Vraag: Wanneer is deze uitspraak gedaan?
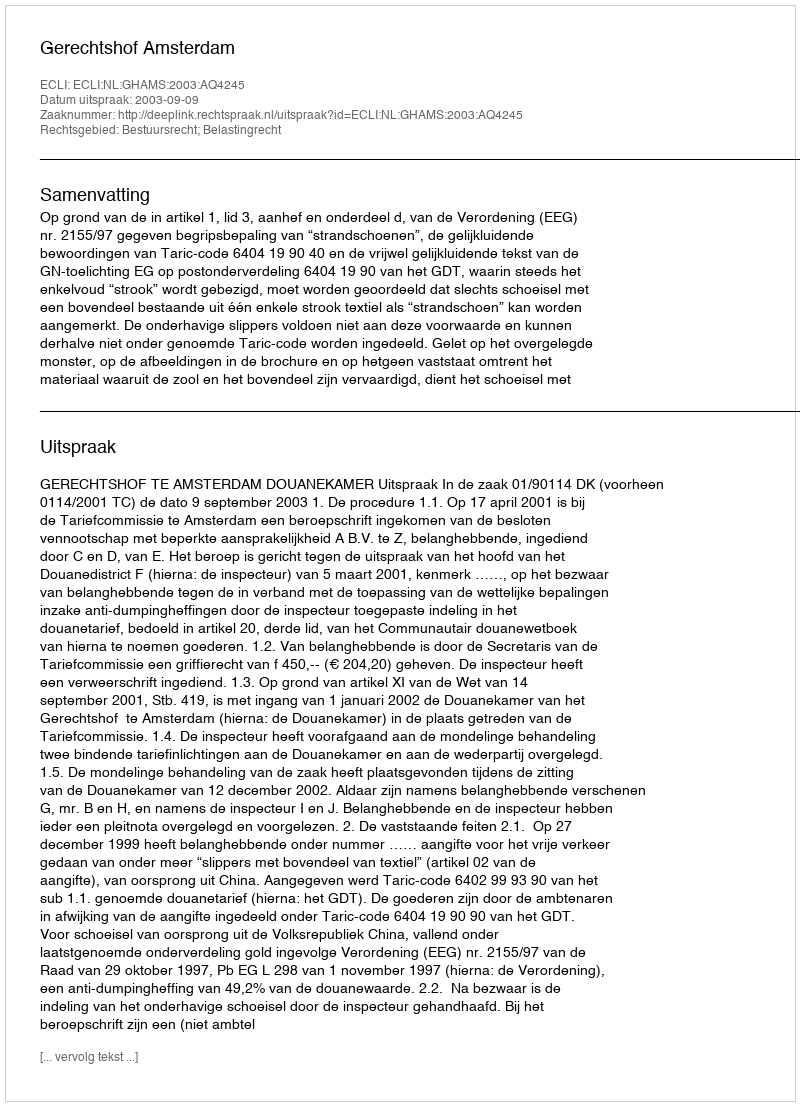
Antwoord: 2003-09-09